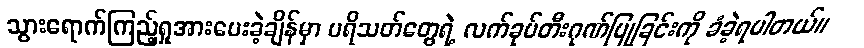
သွားရောက်ကြည့်ရှုအားပေးခဲ့ချိန်မှာ ပရိသတ်တွေရဲ့ လက်ခုပ်တီးဂုဏ်ပြုခြင်းကို ခံခဲ့ရပါတယ်။